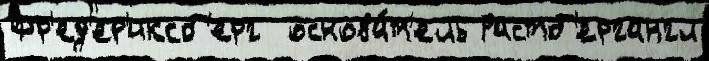
Фр'ед'ер'иксб'ерг  основа́т'ель Растб'ергангл